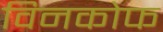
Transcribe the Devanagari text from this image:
विनकोफ